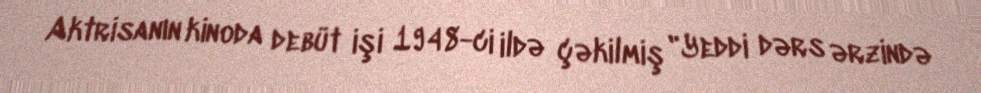
Aktrisanın kinoda debüt işi 1948-ci ildə çəkilmiş "Yeddi dərs ərzində